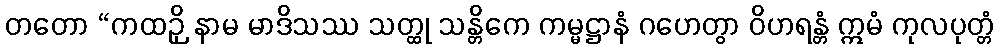
တတော “ကထဉှိ နာမ မာဒိသဿ သတ္ထု သန္တိကေ ကမ္မဋ္ဌာနံ ဂဟေတွာ ဝိဟရန္တံ ဣမံ ကုလပုတ္တံ